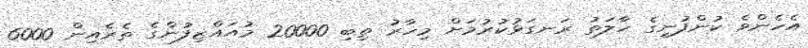
އެހެންވެ ކުންފުނީގެ ހާލަތު ރަނގަޅުކުރުމަށް މިހާރު ތިބި 20000 މުއައްޒިފުންގެ ތެރެއިން 6000